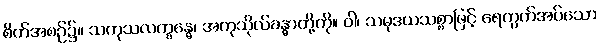
စိတ်အစဉ်၌။ သကုသလက္ခန္ဓေ၊ အကုသိုလ်ခန္ဓာတို့ကို။ ဝါ၊ သမုဒယသစ္စာဖြင့် ရေတွက်အပ်သော